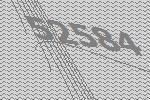
52584